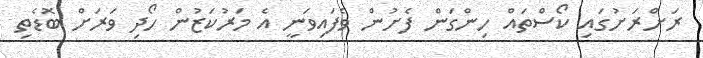
ރަށްރަށުގައި ކޯސްތައް ހިންގަން ފެށުން ވެފައިވަނީ އެ މަރުކަޒުން ހޯދި ވަރަށް ބޮޑެތި